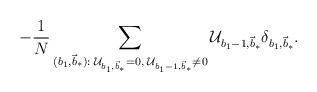
LaTeX: \begin{align*}\; - \frac{1}{N}\sum_{(b_1,\vec{b}_\ast):\;\mathcal{U}_{b_1,\vec{b}_\ast}= 0, \; \mathcal{U}_{b_1-1,\vec{b}_\ast}\neq 0}\mathcal{U}_{b_1-1,\vec{b}_\ast}\delta_{b_1,\vec{b}_\ast}.\end{align*}